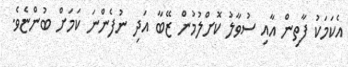
އެކަމަކު ފާތިން އާއި ސުވާލު ކޮށްލުމުން ޒޭބާ އަދި ނުފެންނަ ކަމަށް ބުންޏެވެ.